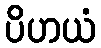
ပိဟယံ